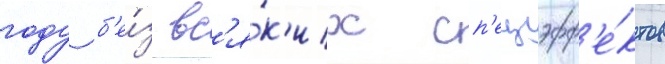
году б'е́з вс'я́к'их сп'ецэфф'е́ктов